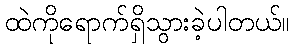
ထဲကိုရောက်ရှိသွားခဲ့ပါတယ်။